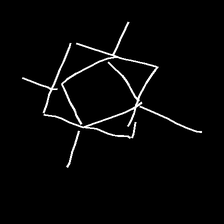
Glyph: light